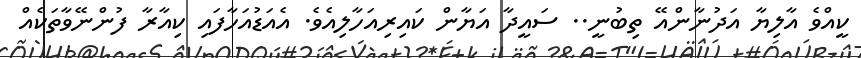
ކީއްވެ އާލިޔާ އަދުނާންއޭ ތިބުނީ.. ސައީދާ އަޔާން ކައިރިއަހާލިއެވެ. އެއަޑުއަހާފައި ކިއާރާ ފުންނޭވާތަކެއް